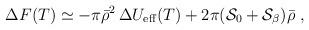
LaTeX: \begin{align*}{\Delta}F(T) \simeq -\pi {\bar \rho}^2 \, \Delta U_{\rm eff}(T)+2\pi ({\cal S}_0+{\cal S}_{\beta}) \bar{\rho} \;,\end{align*}